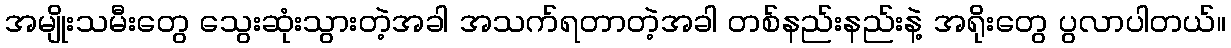
အမျိုးသမီးတွေ သွေးဆုံးသွားတဲ့အခါ အသက်ရတာတဲ့အခါ တစ်နည်းနည်းနဲ့ အရိုးတွေ ပွလာပါတယ်။